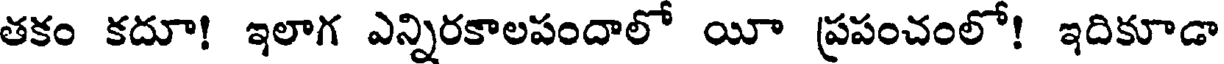
తకం కదూ! ఇలాగ ఎన్నిరకాలపందాలో యీ ప్రపంచంలో! ఇదికూడా